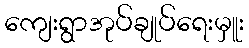
ကျေးရွာအုပ်ချုပ်ရေးမှူး